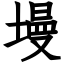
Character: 墁